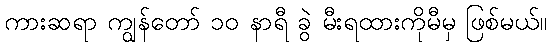
ကားဆရာ ကျွန်တော် ၁၀ နာရီ ခွဲ မီးရထားကိုမီမှ ဖြစ်မယ်။